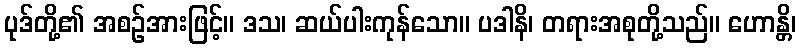
ပုဒ်တို့၏ အစဉ်အားဖြင့်။ ဒသ၊ ဆယ်ပါးကုန်သော။ ပဒါနိ၊ တရားအစုတို့သည်။ ဟောန္တိ၊